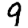
Digit: 9